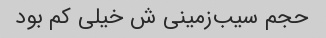
حجم سیب‌زمینی‌ ش خیلی کم بود